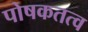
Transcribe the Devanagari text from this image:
पोषकतत्व